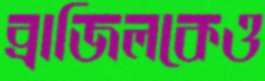
ব্রাজিলকেও